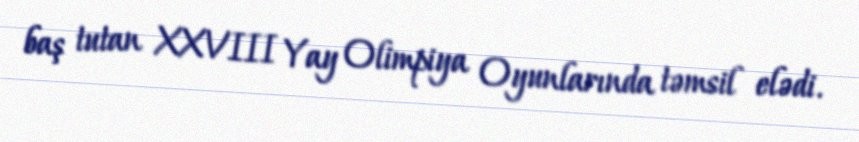
baş tutan XXVIII Yay Olimpiya Oyunlarında təmsil elədi.